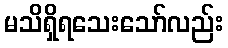
မသိရှိရသေးသော်လည်း